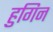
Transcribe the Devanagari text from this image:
हुगिन